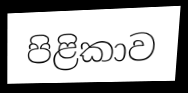
පිළිකාව